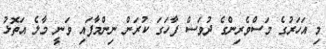
މި އަހަރުގެ މަސްވެރިންގެ ދުވަސް ފާހަގަ ކުރަން ނިންމާފައި ވަނީ މާލެ އަތޮޅު